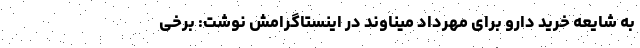
به شایعه خرید دارو برای مهرداد میناوند در اینستاگرامش نوشت: برخی